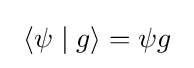
~\langle \psi \mid g\rangle =\psi g~